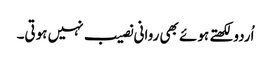
اُردو لکھتے ہوئے بھی روانی نصیب نہیں ہوتی۔